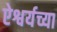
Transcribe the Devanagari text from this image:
ऐश्वर्यच्या